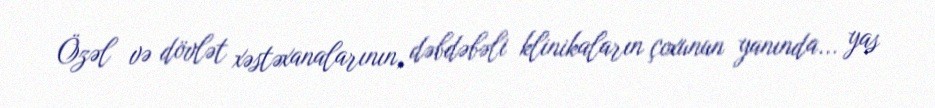
Özəl və dövlət xəstəxanalarının, dəbdəbəli klinikaların çoxunun yanında... yas